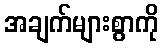
အချက်များစွာကို